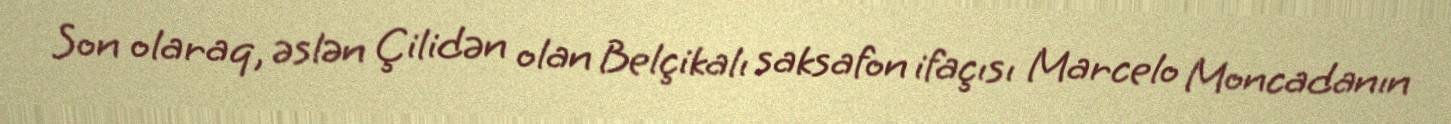
Son olaraq, əslən Çilidən olan Belçikalı saksafon ifaçısı Marcelo Moncadanın